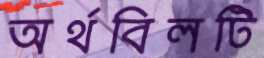
অর্থবিলটি